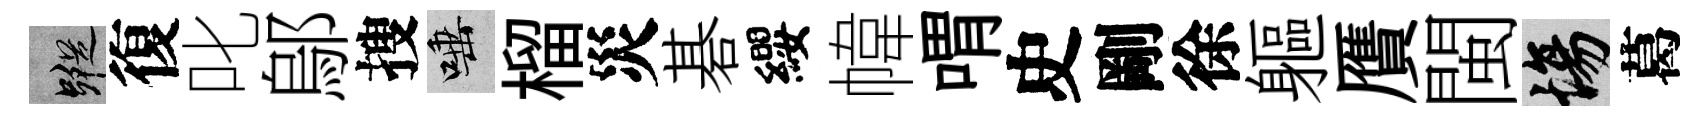
蹤復叱鄔搜唾榴災碁纓幃喟史剛徐軀贋閩場葛